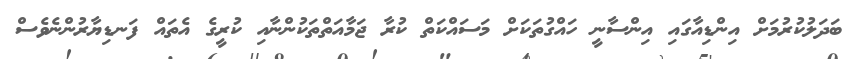
ބަދަލުކުރުމަށް އިންޑިއާގައި އިންސާނީ ހައްގުތަކަށް މަސައްކަތް ކުރާ ޖަމާއަތްތަކުންނާއި ކުރީގެ އެތައް ފަނޑިޔާރުންނެވެސް